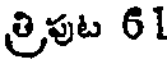
త్రిపుట 61